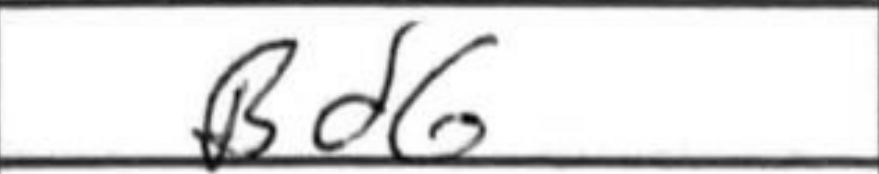
Transcription: Bd6